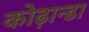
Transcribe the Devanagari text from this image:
कोढ़ान्‍डा